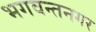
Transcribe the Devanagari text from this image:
भगवन्तनगर